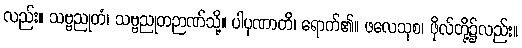
လည်း။ သဗ္ဗညုတံ၊ သဗ္ဗညုတဉာဏ်သို့။ ပါပုဏာတိ၊ ရောက်၏။ ဖလေသုစ၊ ဖိုလ်တို့၌လည်း။